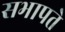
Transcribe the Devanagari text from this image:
सभापते